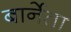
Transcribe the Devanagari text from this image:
बार्नेता